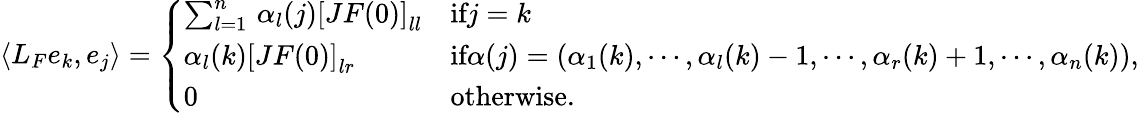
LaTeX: \left\langle L_{F}e_{k},e_{j}\right\rangle=\left\{ \begin{array}{ll}{\sum_{l=1}^{n}\, \alpha_{l}(j)\left[JF(0)\right]_{ll}}&{\textrm{if}j=k}\\ {\alpha_{l}(k)\left[JF(0)\right]_{lr}}&{\textrm{if}\alpha(j)=(\alpha_{1}(k),\cdots,\alpha_{l}(k)-1,\cdots,\alpha_{r}(k)+1,\cdots,\alpha_{n}(k)),}\\ {0}&{\textrm{otherwise}.}\end{array}\right.